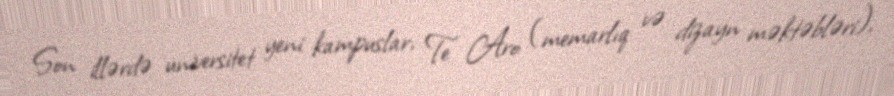
Son illərdə universitet yeni kampuslar, Te Aro (memarlıq və dizayn məktəbləri),